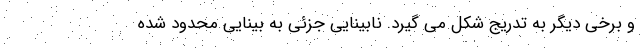
و برخی دیگر به تدریج شکل می گیرد. نابینایی جزئی به بینایی محدود شده